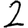
Digit: 2